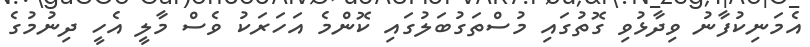
އެމަނިކުފާނު ވިދާޅުވި ގޮތުގައި މުސްތަގުބަލުގައި ކޮންމެ އަހަރަކު ވެސް މާލީ އެހީ ދިނުމުގެ